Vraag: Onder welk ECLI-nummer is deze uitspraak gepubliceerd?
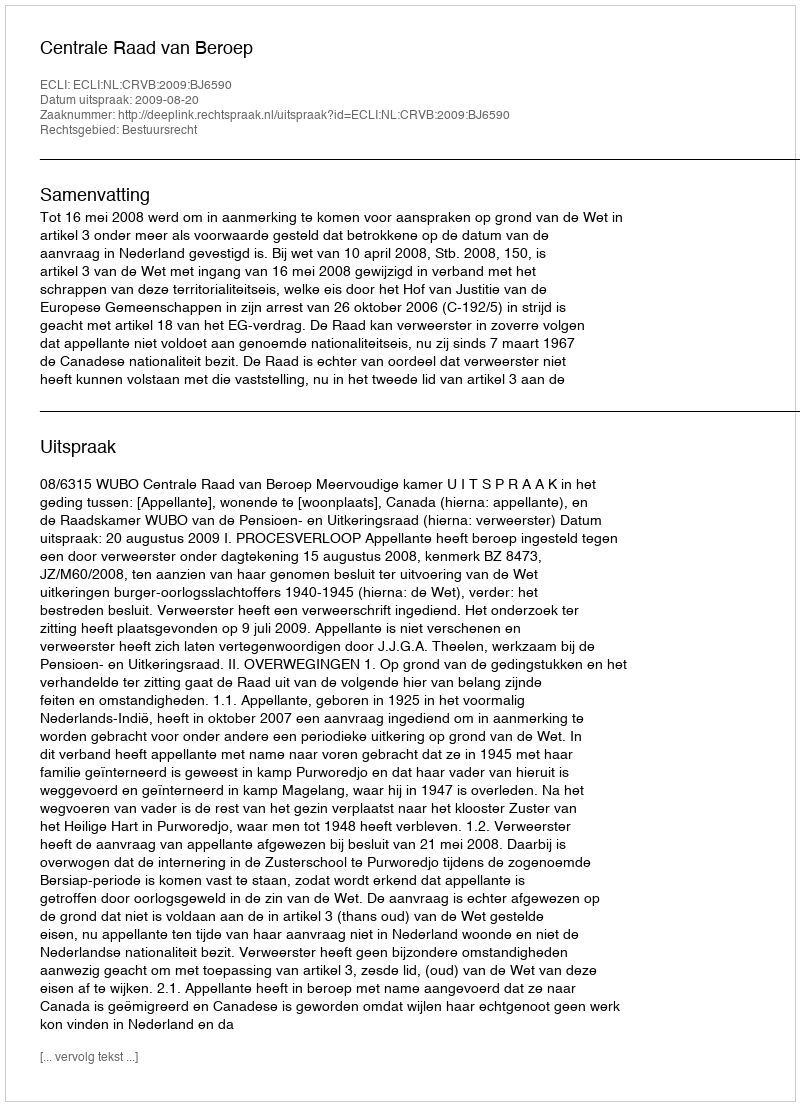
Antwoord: ECLI:NL:CRVB:2009:BJ6590